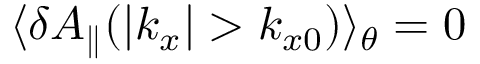
\langle \delta A _ { \parallel } ( | k _ { x } | > k _ { x 0 } ) \rangle _ { \theta } = 0